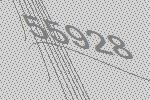
55928